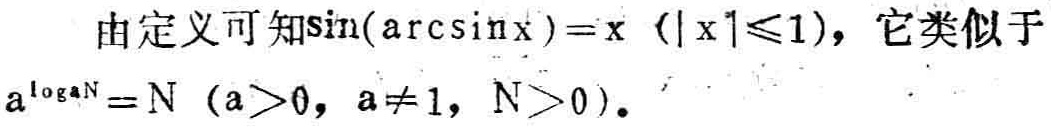
由定义可知\(\sin(\arcsin x)=x\ (\vert x\vert\leqslant1)\)，它类似于\(a^{\log_{a}N}=N\ (a > 0,a\neq1,N > 0)\)。